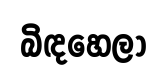
බිඳහෙලා